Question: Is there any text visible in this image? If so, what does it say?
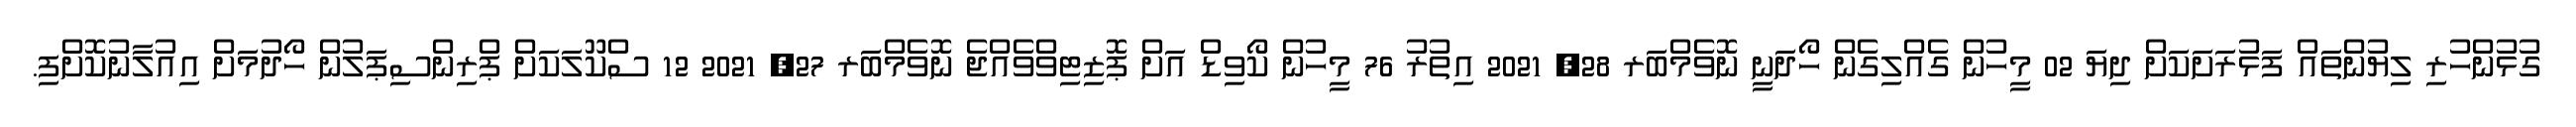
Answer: ގުޅުންހުރި ލިޔުންތައް ފަޅުރަށަކަށް ދިޔަ 02 މީހުން ގެއްލިގެން ހޯދަނީ ނޮވެމްބަރ 28, 2021 އިތުރު 76 މީހުން ކޯވިޑް އަށް ޕޮޒިޓިވްވެއްޖެ ނޮވެމްބަރ 27, 2021 12 ސްކޫލަކަށް ޕްރިންސިޕަލުން ހޯދުމަށް އިއުލާނުކޮށްފި.